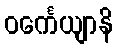
ဝင်္ကေယျာနိ